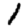
Digit: 1